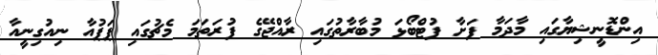
އިންޑޮނީޝިޔާގައި މާދަމާ ފަށާ ފުޓްބޯޅަ މުބާރާތުގައި ރާއްޖޭގެ ފުރަތަމަ މެޗުގައި ޕަޕުއާ ނިއުގިނީއާ